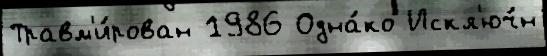
Травм'и́рован 1986 Одна́ко Искл'юч́н